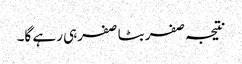
نتیجہ صفر بٹا صفرہی رہے گا۔